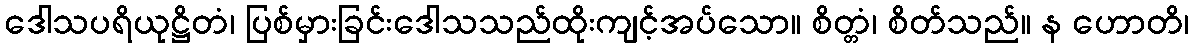
ဒေါသပရိယုဋ္ဌိတံ၊ ပြစ်မှားခြင်းဒေါသသည်ထိုးကျင့်အပ်သော။ စိတ္တံ၊ စိတ်သည်။ န ဟောတိ၊